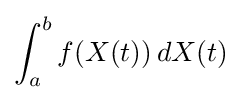
\int _{a}^{b}f(X(t))\,dX(t)